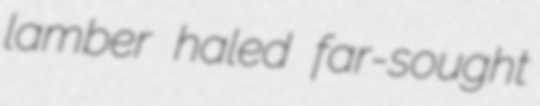
lamber haled far-sought